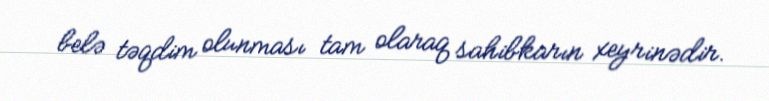
belə təqdim olunması tam olaraq sahibkarın xeyrinədir.